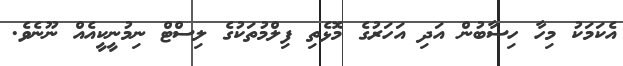
އެކަމަކު މިހާ ހިސާބުން އަދި އަހަރުގެ މޮޅެތި ފިލްމުތަކުގެ ލިސްޓް ނިމުނީކީއެއް ނޫނެވެ.